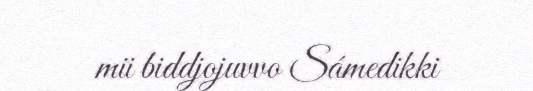
mii biddjojuvvo Sámedikki